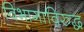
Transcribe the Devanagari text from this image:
विभागाविरुद्ध